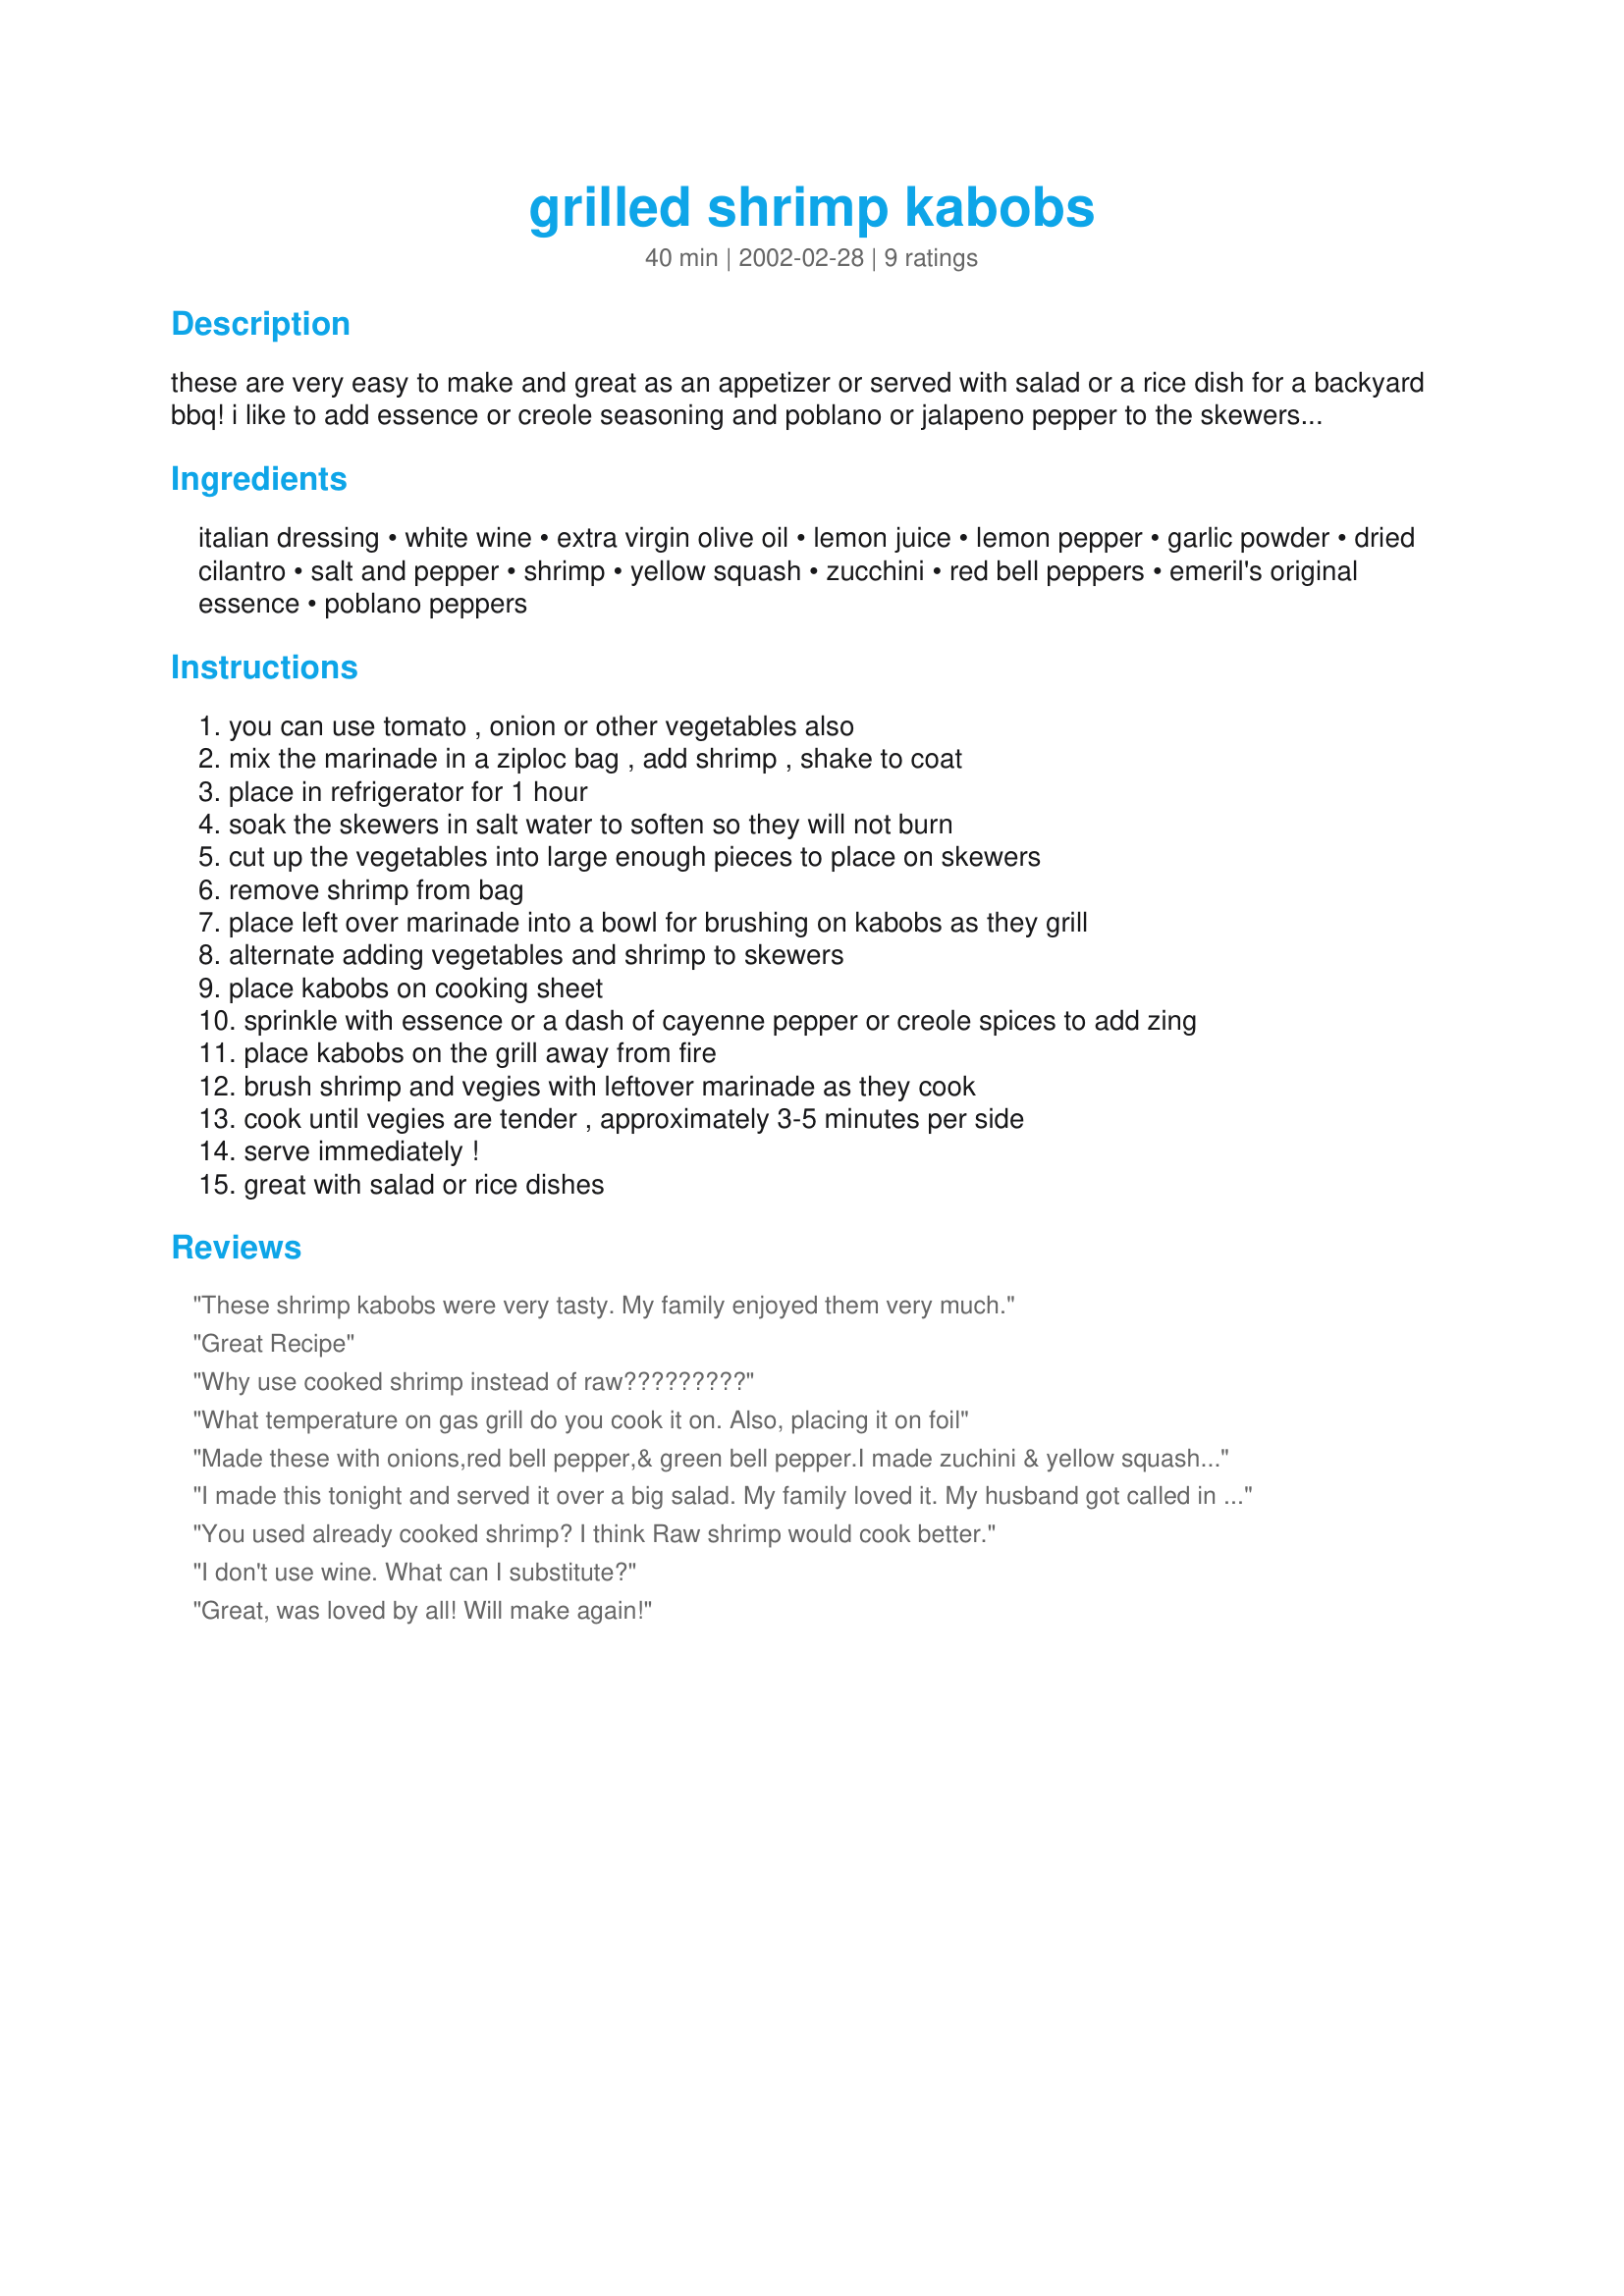
grilled shrimp kabobs
Preparation time: 40 minutes

these are very easy to make and great as an appetizer or served with salad or a rice dish for a backyard bbq! i like to add essence or creole seasoning and poblano or jalapeno pepper to the skewers to give them a little extra zing!

Ingredients:
italian dressing, white wine, extra virgin olive oil, lemon juice, lemon pepper, garlic powder, dried cilantro, salt and pepper, shrimp, yellow squash, zucchini, red bell peppers, emeril's original essence, poblano peppers

Steps:
you can use tomato , onion or other vegetables also, mix the marinade in a ziploc bag , add shrimp , shake to coat, place in refrigerator for 1 hour, soak the skewers in salt water to soften so they will not burn, cut up the vegetables into large enough pieces to place on skewers, remove shrimp from bag, place left over marinade into a bowl for brushing on kabobs as they grill, alternate adding vegetables and shrimp to skewers, place kabobs on cooking sheet, sprinkle with essence or a dash of cayenne pepper or creole spices to add zing, place kabobs on the grill away from fire, brush shrimp and vegies with leftover marinade as they cook, cook until vegies are tender , approximately 3-5 minutes per side, serve immediately !, great with salad or rice dishes

Reviews:
These shrimp kabobs were very tasty. My family enjoyed them very much.
Great Recipe
Why use cooked shrimp instead of raw?????????
What temperature on gas grill do you cook it on. Also, placing it on foil
Made these with onions,red bell pepper,& green bell pepper.I made zuchini & yellow squash on the side.EXCELENT

I made this tonight and served it over a big salad. My family loved it. My husband got called in to work shortly after dinner and he took the leftovers. He just called to say everyone he works with is coming over for dinner ha ha. It was hit at home and work.!!!!!
You used already cooked shrimp? I think Raw shrimp would cook better.
I don't use wine. What can I substitute?
Great, was loved by all! Will make again!
